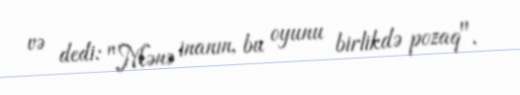
və dedi: "Mənə inanın, bu oyunu birlikdə pozaq".